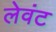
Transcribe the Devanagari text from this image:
लेवंट